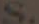
S.